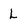
Character: L